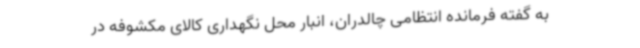
به گفته فرمانده انتظامی چالدران، انبار محل نگهداری کالای مکشوفه در